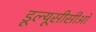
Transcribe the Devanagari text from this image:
डूल्यूसीसीओ